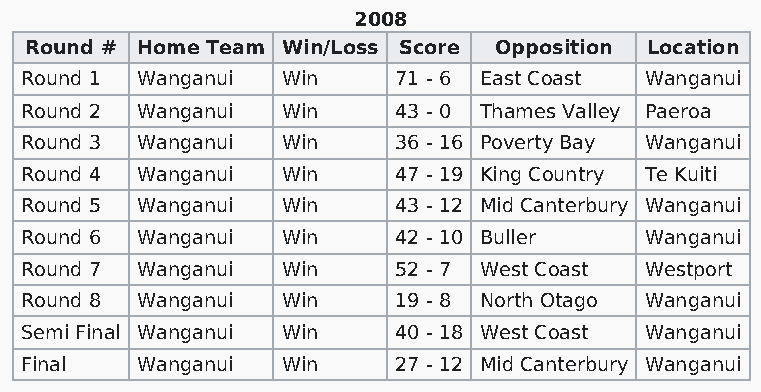
2008
 Round # Home Team Win/Loss Score Opposition Location
 Round 1 Wanganui  Win    71 - 6 East Coast Wanganui
 Round 2 Wanganui  Win    43 - 0 Thames Valley Paeroa
 Round 3 Wanganui  Win    36 - 16 Poverty Bay Wanganui
 Round 4 Wanganui  Win    47 - 19 King Country Te Kuiti
 Round 5 Wanganui  Win    43 - 12 Mid Canterbury Wanganui
 Round 6 Wanganui  Win    42 - 10 Buller   Wanganui
 Round 7 Wanganui  Win    52 - 7 West Coast Westport
 Round 8 Wanganui  Win    19 - 8 North Otago Wanganui
 Semi Final Wanganui Win  40 - 18 West Coast Wanganui
 Final   Wanganui  Win    27 - 12 Mid Canterbury Wanganui